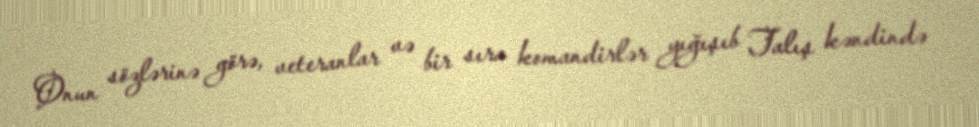
Onun sözlərinə görə, veteranlar və bir sıra komandirlər yığışıb Talış kəndində